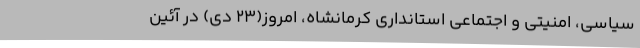
سیاسی، امنیتی و اجتماعی استانداری کرمانشاه، امروز(23 دی) در آئین